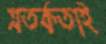
সতর্কতাই